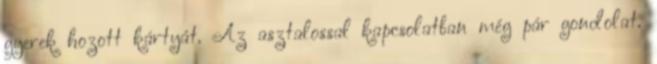
gyerek hozott kártyát. Az asztalossal kapcsolatban még pár gondolat.